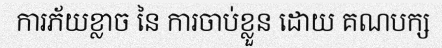
ការភ័យខ្លាច នៃ ការចាប់ខ្លួន ដោយ គណបក្ស